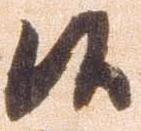
候